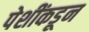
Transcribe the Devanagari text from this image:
पेशींकडून